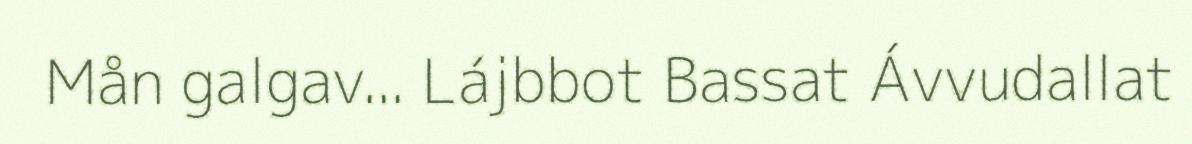
Mån galgav... Lájbbot Bassat Ávvudallat